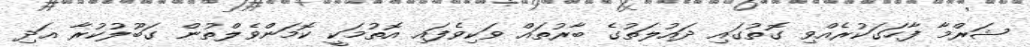
ޝަރްމާ ފާހަގަކުރެއްވި ގޮތުގައި ދައުލަތުގެ ބާރުތައް ވަކިވެފައި އޮތުމަކީ ކޮމަންވެލްތުން ގަބޫލުކުރާ އަދި